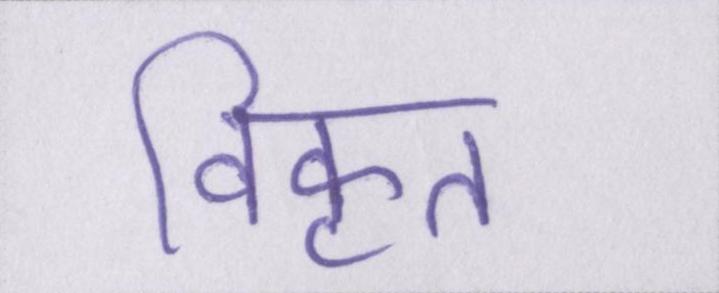
विकृत